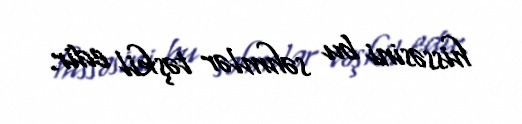
hissəsini bu səhmlər təşkil edir.